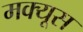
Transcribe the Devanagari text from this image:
मक्यूस